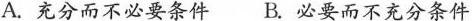
A.充分而不必要条件B.必要而不充分条件